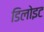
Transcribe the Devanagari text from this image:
डिलोइट